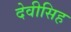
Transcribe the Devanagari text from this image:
देवीसिह